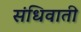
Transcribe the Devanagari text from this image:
संधिवाती